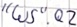
Text: "WS".Q2